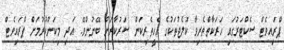
ޕްރައިވެޓް ސެކްޓަރުގައި ހަރަކާތްތެރިވާ ކޮލެޖުތަކުގެ އެހީތެރިކަން ސަރުކާރަށް ބޭނުންވޭ. އަދި މިކަންކުރުމަށް ޕްރައިވެޓް